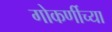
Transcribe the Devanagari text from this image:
गोकर्णीच्या